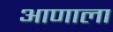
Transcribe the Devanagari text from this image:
आणाला